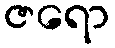
ဇရော